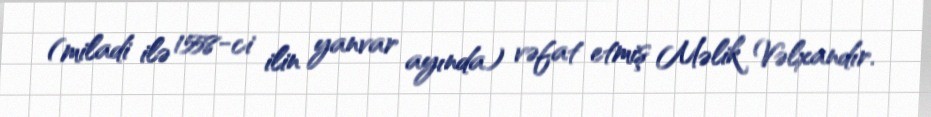
(miladi ilə 1558-ci ilin yanvar ayında) vəfat etmiş Məlik Vəlxandır.